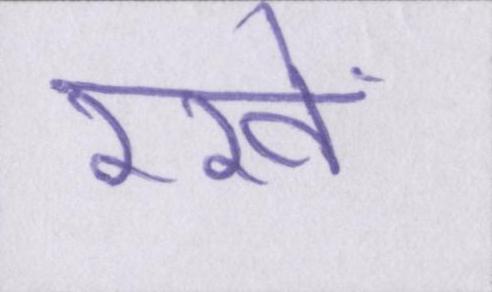
रखें